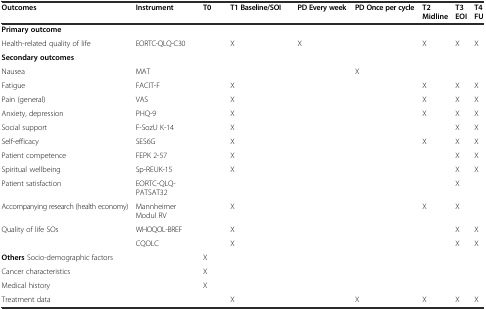
| Outcomes | Instrument | T0 | T1 Baseline/SOI | PD Every week | PD Once per cycle | T2 Midline | T3 EOI | T4 FU |
 | --- | --- | --- | --- | --- | --- | --- | --- | --- |
 | Primary outcome |  |  |  |  |  |  |  |  |
 | Health-related quality of life | EORTC-QLQ-C30 |  | X | X |  | X | X | X |
 | Secondary outcomes |  |  |  |  |  |  |  |  |
 | Nausea | MAT |  |  |  | X |  |  |  |
 | Fatigue | FACIT-F |  | X |  |  | X | X | X |
 | Pain (general) | VAS |  | X |  |  | X | X | X |
 | Anxiety, depression | PHQ-9 |  | X |  |  | X | X | X |
 | Social support | F-SozU K-14 |  | X |  |  |  | X | X |
 | Self-efficacy | SES6G |  | X |  |  | X | X | X |
 | Patient competence | FEPK 2-57 |  | X |  |  |  | X | X |
 | Spiritual wellbeing | Sp-REUK-15 |  | X |  |  |  | X | X |
 | Patient satisfaction | EORTC-QLQ-PATSAT32 |  |  |  |  |  | X |  |
 | Accompanying research (health economy) | Mannheimer Modul RV |  | X |  |  | X | X |  |
 | Quality of life SOs | WHOQOL-BREF |  | X |  |  |  | X | X |
 |  | CQOLC |  | X |  |  |  | X | X |
 | Others Socio-demographic factors |  | X |  |  |  |  |  |  |
 | Cancer characteristics |  | X |  |  |  |  |  |  |
 | Medical history |  | X |  |  |  |  |  |  |
 | Treatment data |  |  | X |  | X | X | X | X |